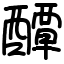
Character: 醰